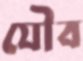
যৌব